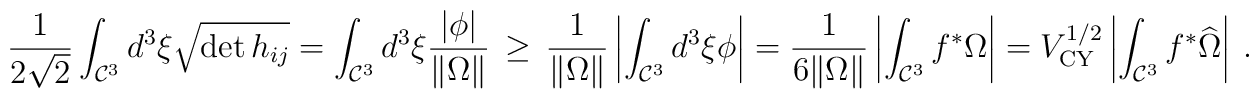
{1\over 2\sqrt{2}}\int_{{\cal C}^3} d^3\xi \sqrt{\det h_{ij} }=\int_{{\cal C}^3} d^3\xi\frac{|\phi|}{\|\Omega\|}\,\geq\,\frac{1}{\|\Omega\|}\left|\int_{{\cal C}^3} d^3\xi \phi\right|=\frac{1}{6\|\Omega\|}\left|\int_{{\cal C}^3} f^*\Omega\right|=V_{\rm CY}^{1/2}\left|\int_{{\cal C}^3}f^*\widehat{\Omega}\right|\ .